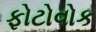
ફોટોવોક